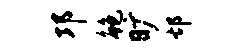
邛鲍旷邙